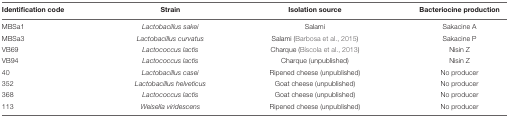
<table><thead><tr><td><b>Identification code</b></td><td><b>Strain</b></td><td><b>Isolation source</b></td><td><b>Bacteriocine production</b></td></tr></thead><tbody><tr><td>MBSa1</td><td><i>Lactobacillus sakei</i></td><td>Salami</td><td>Sakacine A</td></tr><tr><td>MBSa3</td><td><i>Lactobacillus curvatus</i></td><td>Salami (Barbosa et al., 2015)</td><td>Sakacine P</td></tr><tr><td>VB69</td><td><i>Lactococcus lactis</i></td><td>Charque (Bíscola et al., 2013)</td><td>Nisin Z</td></tr><tr><td>VB94</td><td><i>Lactococcus lactis</i></td><td>Charque (unpublished)</td><td>Nisin Z</td></tr><tr><td>40</td><td><i>Lactobacillus casei</i></td><td>Ripened cheese (unpublished)</td><td>No producer</td></tr><tr><td>352</td><td><i>Lactobacillus helveticus</i></td><td>Goat cheese (unpublished)</td><td>No producer</td></tr><tr><td>368</td><td><i>Lactococcus lactis</i></td><td>Goat cheese (unpublished)</td><td>No producer</td></tr><tr><td>113</td><td><i>Weisella viridescens</i></td><td>Ripened cheese (unpublished)</td><td>No producer</td></tr></tbody></table>